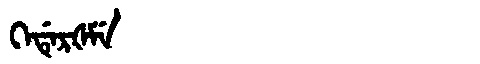
Manchu: ᡴᡝᡩᡝᡵᡧᠮᡝ
Romanization: KEDERŠME